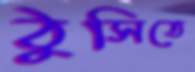
ঠুসিতে